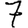
Digit: 7